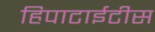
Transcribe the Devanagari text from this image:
हिपाटाईटीस